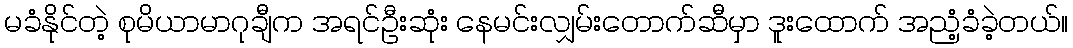
မခံနိုင်တဲ့ စုမိယာမာဂုချီက အရင်ဦးဆုံး နေမင်းလျှမ်းတောက်ဆီမှာ ဒူးထောက် အညံ့ခံခဲ့တယ်။